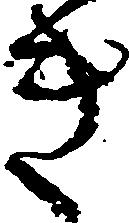
き